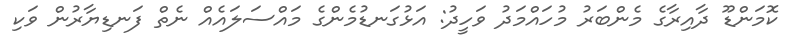
ކޮމަންޑޫ ދާއިރާގެ މެންބަރު މުހައްމަދު ވަހީދު: އަޅުގަނޑުމެންގެ މައްސަލައެއް ނެތް ފަނޑިޔާރުން ވަކި